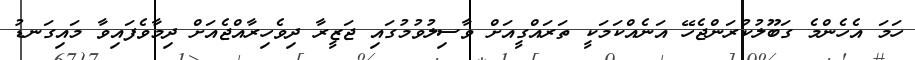
ހަމަ އެހެންމެ ގަބޫލުކުރަންޖެހޭ އަނެއްކަމަކީ ތަރައްގީއަށް ވާސިލުވުމުގައި ޖަޒީރާ ދިވެހިރާއްޖެއަށް ދިމާވެފައިވާ މައިގަނޑު